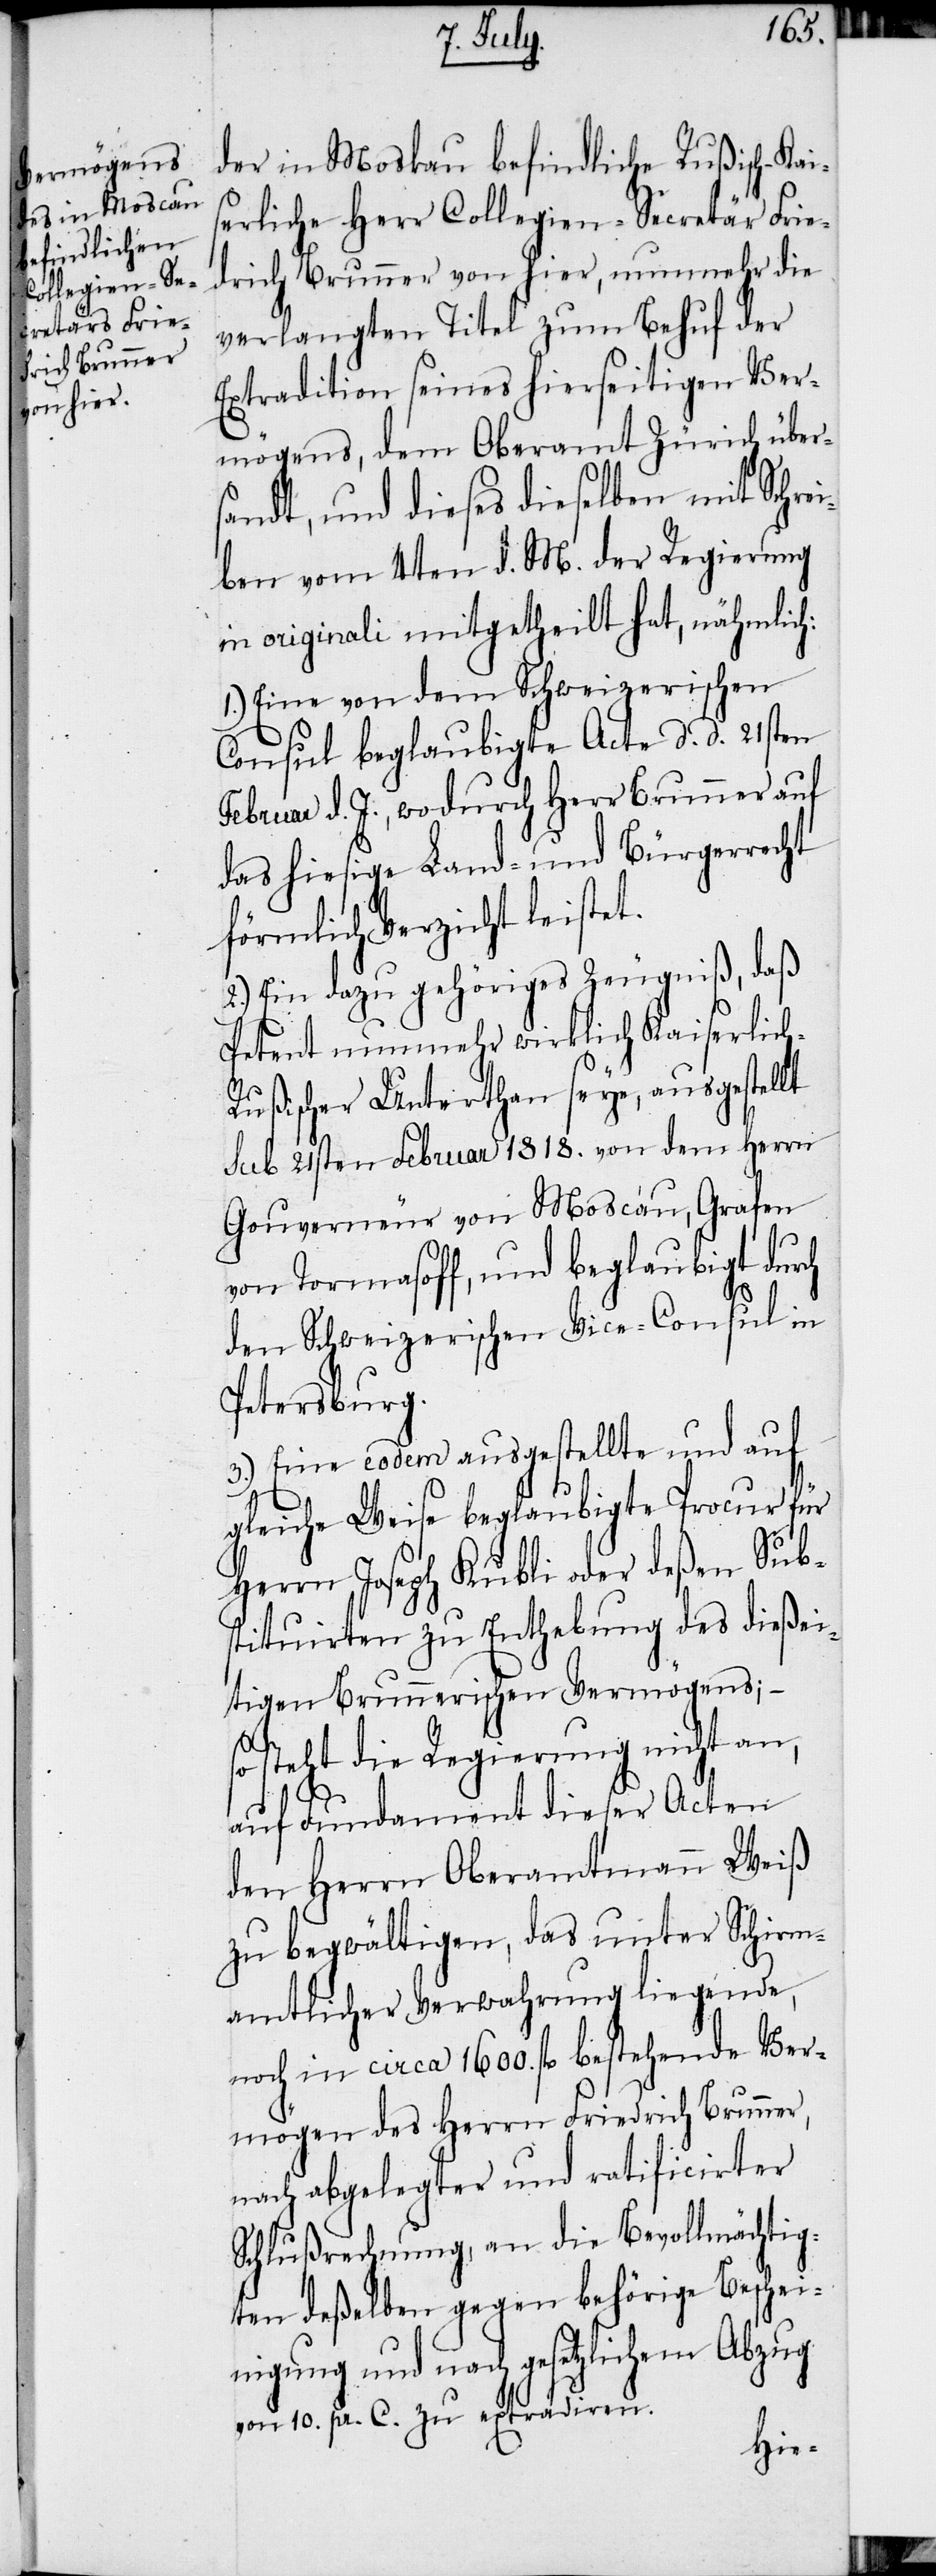
der in Moskau befindliche Rußisch-Kai¬
serliche Herr Collegien-Secretär Frie¬
drich Brunner von hier, nunmehr die
verlangten Titel zum Behuf der
Extradition seines hierseitigen Ver¬
mögens, dem Oberamt Zürich über¬
sandt, und dieses dieselben mit Schrei¬
ben vom 4ten d. M. der Regierung
in originali mitgetheilt hat, nähmlich:
1.) Eine von dem Schweizerischen
Consul beglaubigte Acte d. d. 21sten
Februar d. J., wodurch Herr Brunner auf
das hiesige Land- und Bürgerrecht
förmlich Verzicht leistet.
2.) Ein dazu gehöriges Zeugniß, daß
Petent nunmehr wirklich Kaiserlic¬
ußischer Unterthan seye, ausgestellt
sub 21sten Februar 1818. von dem Herrn
Gouverneur von Moscau, Grafen
von Tormasoff, und beglaubigt durch
den Schweizerischen Vice-Consul in
Petersburg.
3.) Eine eodem ausgestellte und auf
gleiche Weise beglaubigte Procur für
Herrn Joseph Kubli oder deßen Sub¬
stituirten zu Enthebung des dießei¬
tigen Brunnerischen Vermögens;
h-R¬
so steht die Regierung nicht an,
auf Fundament dieser Acten
den Herrn Oberamtmann Weiß
zu begwältigen, das unter Schrim¬
amtlicher Verwahrung liegende,
noch in circa 1600. fl bestehende Ver¬
mögen des Herrn Friedrich Brunner,
nach abgelegter und ratificirter
Schlußrechnung, an die Bevollmächtig¬
ten deßelben gegen behörige Beschei¬
nigung und nach gesetzlichem Abzug
von 10. pr. C. zu extradiren.